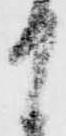
て